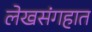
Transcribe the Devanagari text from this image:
लेखसंगहात